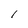
Character: 1